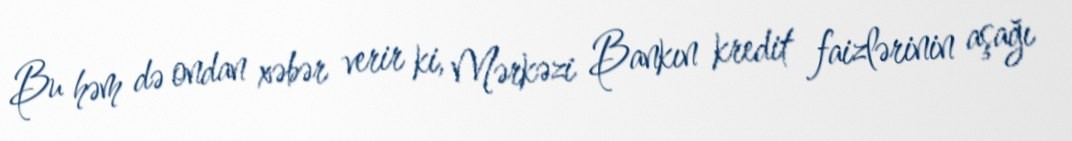
Bu həm də ondan xəbər verir ki, Mərkəzi Bankın kredit faizlərinin aşağı